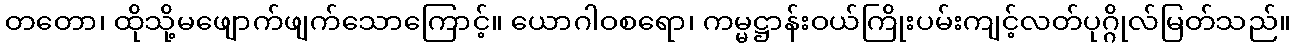
တတော၊ ထိုသို့မဖျောက်ဖျက်သောကြောင့်။ ယောဂါဝစရော၊ ကမ္မဋ္ဌာန်းဝယ်ကြိုးပမ်းကျင့်လတ်ပုဂ္ဂိုလ်မြတ်သည်။